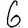
Digit: 6